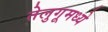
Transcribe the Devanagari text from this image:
तेलुगूमध्ये